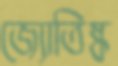
জ্যোতিষ্ক